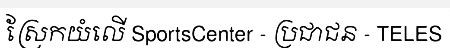
ស្រែកយំលើ SportsCenter - ប្រជាជន - TELES